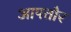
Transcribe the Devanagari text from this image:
आपतौर